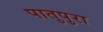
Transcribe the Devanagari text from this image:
पातुपुरा